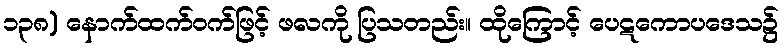
၁၃၈) နောက်ထက်ဝက်ဖြင့် ဖလကို ပြသတည်း။ ထိုကြောင့် ပေဋကောပဒေသ၌